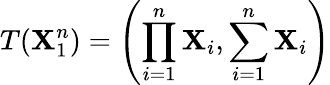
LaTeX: T(\mathbf{X}_{1}^{n})=\left(\prod_{i=1}^{n}\mathbf{X}_{i},\sum_{i=1}^{n}\mathbf{X}_{i}\right)